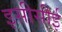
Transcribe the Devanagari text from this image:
इसीसीई